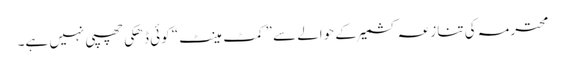
محترمہ کی تنازعہ کشمیر کے حوالے سے ”کمٹ مینٹ“ کوئی ڈھکی چھپی نہیں ہے۔